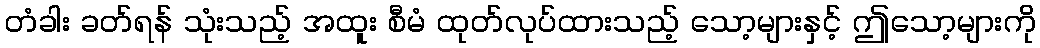
တံခါး ခတ်ရန် သုံးသည့် အထူး စီမံ ထုတ်လုပ်ထားသည့် သော့များနှင့် ဤသော့များကို